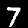
Label: 7